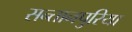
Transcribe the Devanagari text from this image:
सन्तानपुरिया